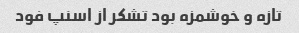
تازه و خوشمزه بود تشکر از اسنپ فود